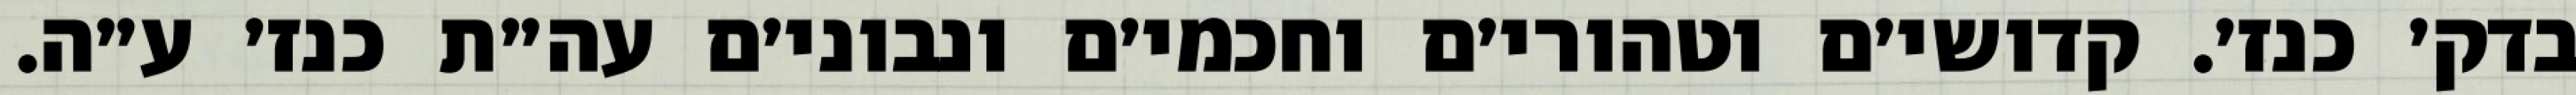
בדק׳ כנז׳. קדושי׳ם וטהורי׳ם וחכמי׳ם ונבוני׳ם עה״ת כנז׳ ע״ה.